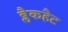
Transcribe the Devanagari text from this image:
ब्लैकहैट